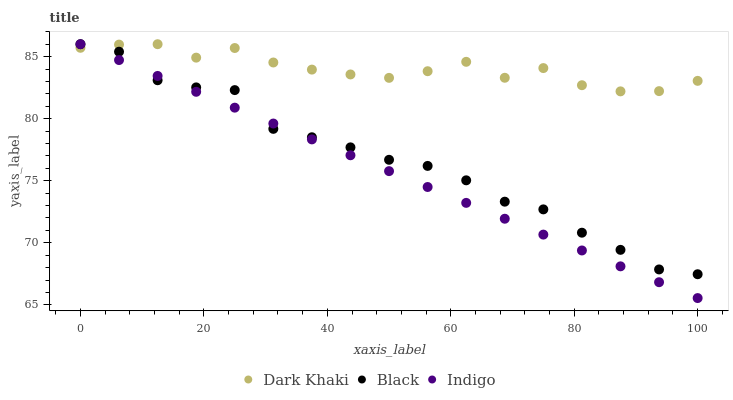
| xaxis_label | Dark Khaki | Black | Indigo |
 | --- | --- | --- | --- |
 | 0 | 85.7 | 86 | 86 |
 | 6.25 | 86 | 85.4 | 84.7 |
 | 12.5 | 86 | 83.1 | 83.4 |
 | 18.8 | 84.9 | 82.5 | 82.2 |
 | 25 | 85.7 | 82.3 | 80.9 |
 | 31.2 | 84.5 | 79.2 | 79.6 |
 | 37.5 | 84 | 78.5 | 78.3 |
 | 43.8 | 83.6 | 77.7 | 77.1 |
 | 50 | 83.3 | 76.7 | 75.8 |
 | 56.2 | 83.8 | 76.2 | 74.5 |
 | 62.5 | 84.6 | 75 | 73.2 |
 | 68.8 | 83.3 | 73.3 | 71.9 |
 | 75 | 84.1 | 72.7 | 70.7 |
 | 81.2 | 82.7 | 70.8 | 69.4 |
 | 87.5 | 82.2 | 69.4 | 68.1 |
 | 93.8 | 82.2 | 67.9 | 66.8 |
 | 100 | 83 | 67.5 | 65.5 |